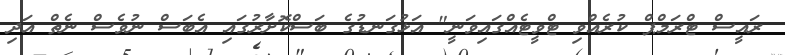
ރައީސް ޓްރަމްޕް ކުރެއްވި ޓްވީޓެއްގައިވަނީ" އަޅުގަނޑުގެ ބަސްކޮށާރުގައި އެބަސް ނުވެސް ނެތް އަދި